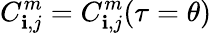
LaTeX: C_{\mathbf{i},j}^{m}=C_{\mathbf{i},j}^{m}(\tau=\theta)